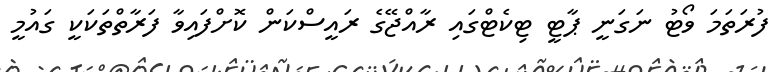
ފުރަތަމަ ވޯޓު ނަގަނީ ޕާޓީ ޓިކެޓްގައި ރާއްޖޭގެ ރައީސްކަން ކޮށްފައިވާ ފަރާތްތަކަކީ ގައުމީ